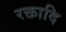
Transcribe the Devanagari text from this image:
रक्तादि